Petrogradi_Kontroll-Opteerimise_Komisjon, lk 35
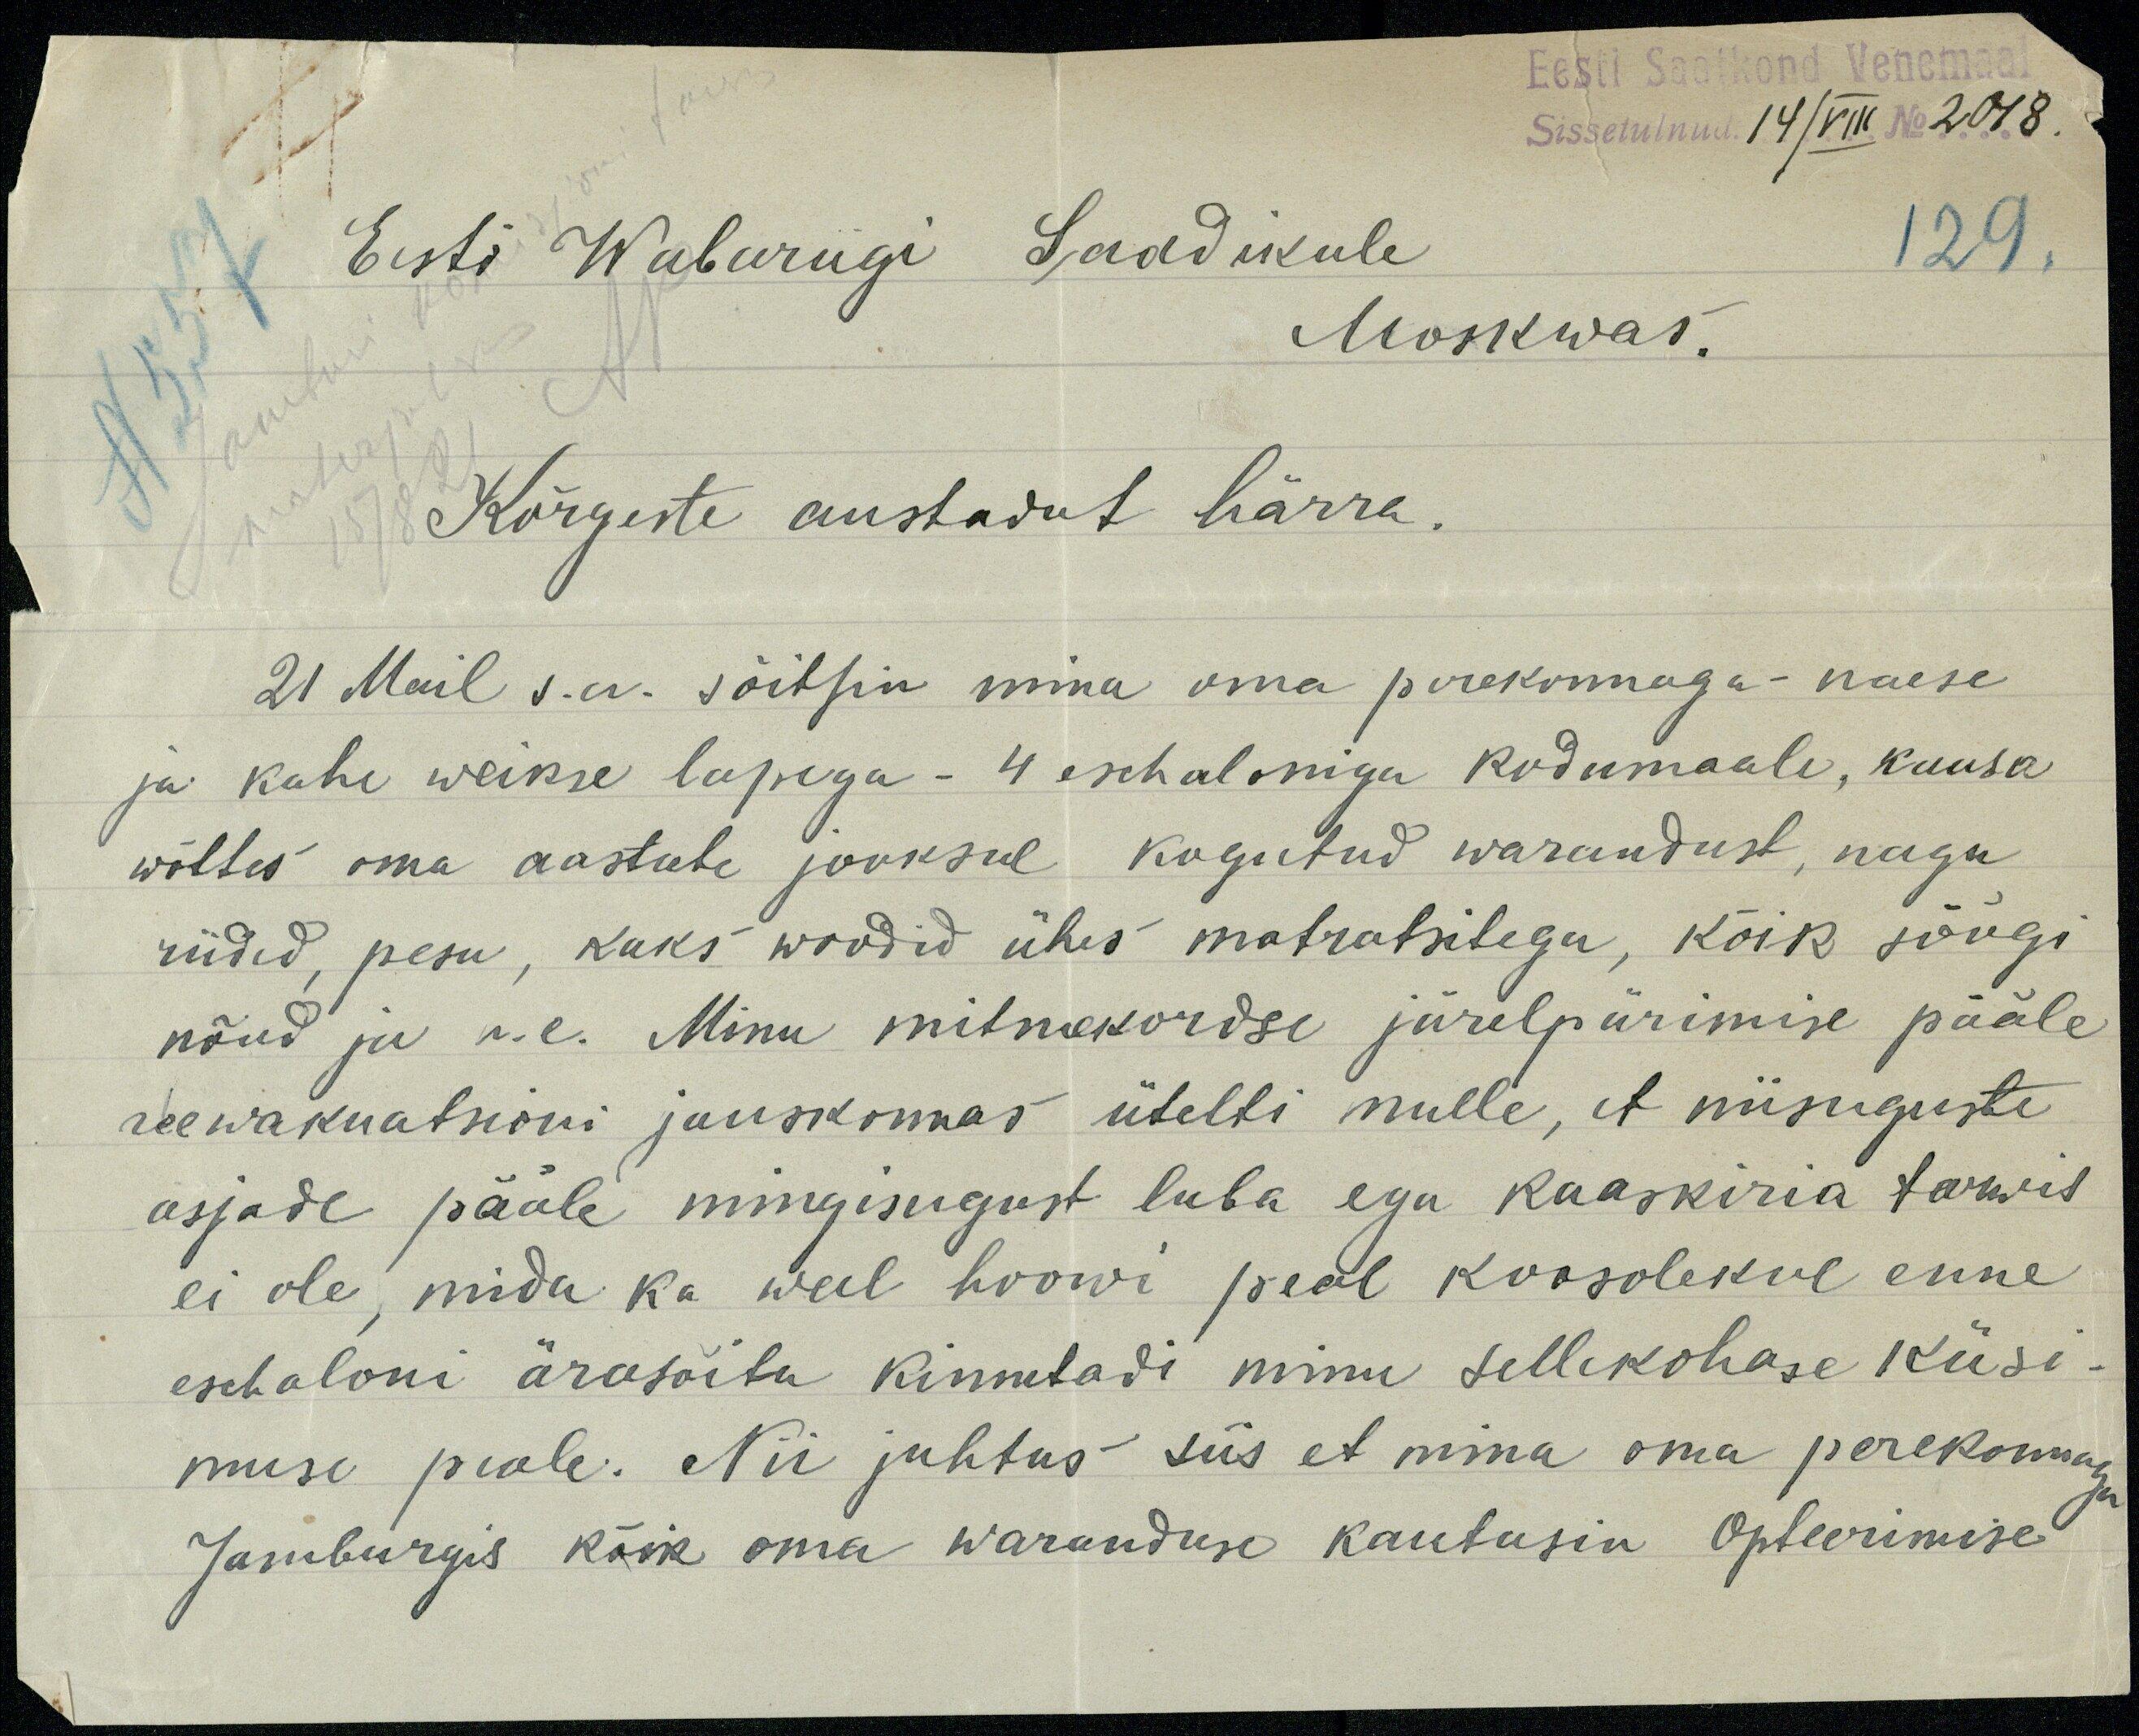
Eesti Saatkond Venemaal
Sissetulnud: 14/VIII No 2018.
Eesti Wabariigi Saadikule
129.
Moskwas.
N 557
Jamburi komisjoni t
materjaliks
15/8 21 AP
Kõrgeste austadut härra.
21 Mail s.a. sõitsin mina oma perekonnaga - naese
ja kahe weikse lapsega - 4 eschaloniga kodumaale, kaasa
wõttes oma aastate jooksul kogutud warandust, nagu
riided, pesu, kaks woodid ühes matratsitega, kõik söögi
nõud ja n.e. Minu mitmekordse järelpärimise pääle
reewakuatsioni jauskonnas ütelti mulle, et niisuguste
asjade pääle mingisugust luba ega kaaskiria tarwis
ei ole, mida ka weel hoowi peal koosolekul enne
eschaloni ärasõitu kinnitadi minu sellekohase küsi-
muse peale. Nii juhtus siis et mina oma perekonnaga
Jamburgis kõik oma waranduse kautasin Opteerimise